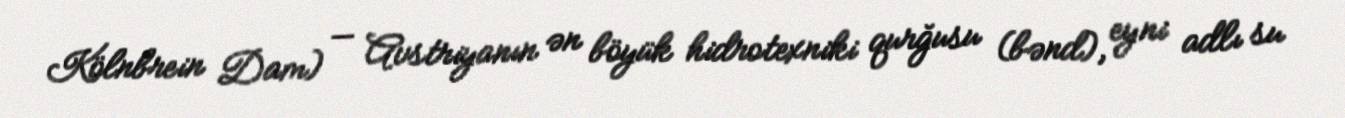
Kölnbrein Dam) — Avstriyanın ən böyük hidrotexniki qurğusu (bənd), eyni adlı su